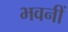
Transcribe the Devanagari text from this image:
भवनीं